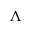
\Lambda